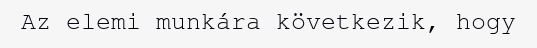
Az elemi munkára következik, hogy